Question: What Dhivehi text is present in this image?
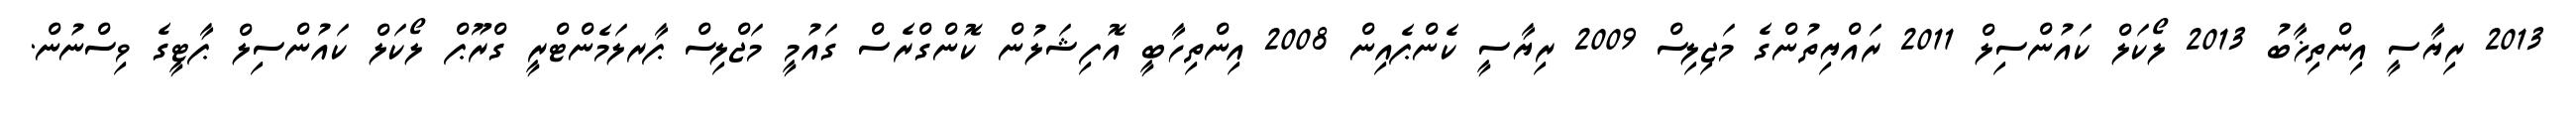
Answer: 2013 ރިޔާސީ އިންތިޚާބު 2013 ލޯކަލް ކައުންސިލް 2011 ރައްޔިތުންގެ މަޖިލިސް 2009 ރިޔާސީ ކެންޕެއިން 2008 އިންތިހާބީ އޮފިޝަލުން ކޮންގްރެސް ގައުމީ މަޖްލިސް ޕާރލަމެންޓްރީ ގްރޫޕް ލޯކަލް ކައުންސިލް ޕާޓީގެ ވިސްނުން.